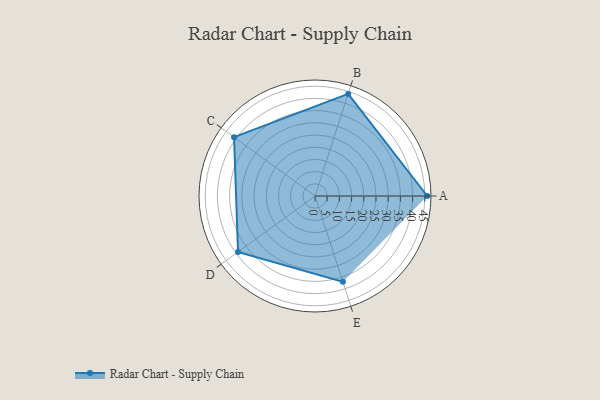
{"axis": {"x": "Skill", "y": "Score"}, "legend": ["Profile"], "data": [{"x": "A", "y": 46.0, "type": "Profile"}, {"x": "B", "y": 44.0, "type": "Profile"}, {"x": "C", "y": 41.0, "type": "Profile"}, {"x": "D", "y": 39.0, "type": "Profile"}, {"x": "E", "y": 37.0, "type": "Profile"}]}